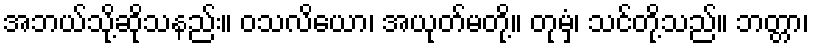
အဘယ်သို့ဆိုသနည်း။ ဝသလိယော၊ အယုတ်မတို့။ တုမှံ၊ သင်တို့သည်။ ဘတ္တာ၊